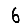
Digit: 6